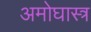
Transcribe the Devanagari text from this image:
अमोघास्त्र